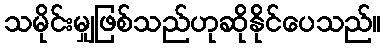
သမိုင်းမျှဖြစ်သည်ဟုဆိုနိုင်ပေသည်။